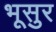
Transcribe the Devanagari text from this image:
भूसुर